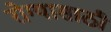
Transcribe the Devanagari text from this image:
रोग्यासाठी